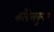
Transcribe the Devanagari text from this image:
काँग्रेसवुमन